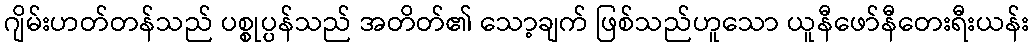
ဂျိမ်းဟတ်တန်သည် ပစ္စုပ္ပန်သည် အတိတ်၏ သော့ချက် ဖြစ်သည်ဟူသော ယူနီဖော်နီတေးရီးယန်း